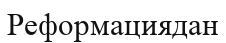
Реформациядан